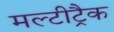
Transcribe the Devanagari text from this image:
मल्टीट्रैक